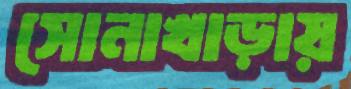
সোনাখাড়ায়